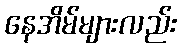
နေအိမ်များလည်း